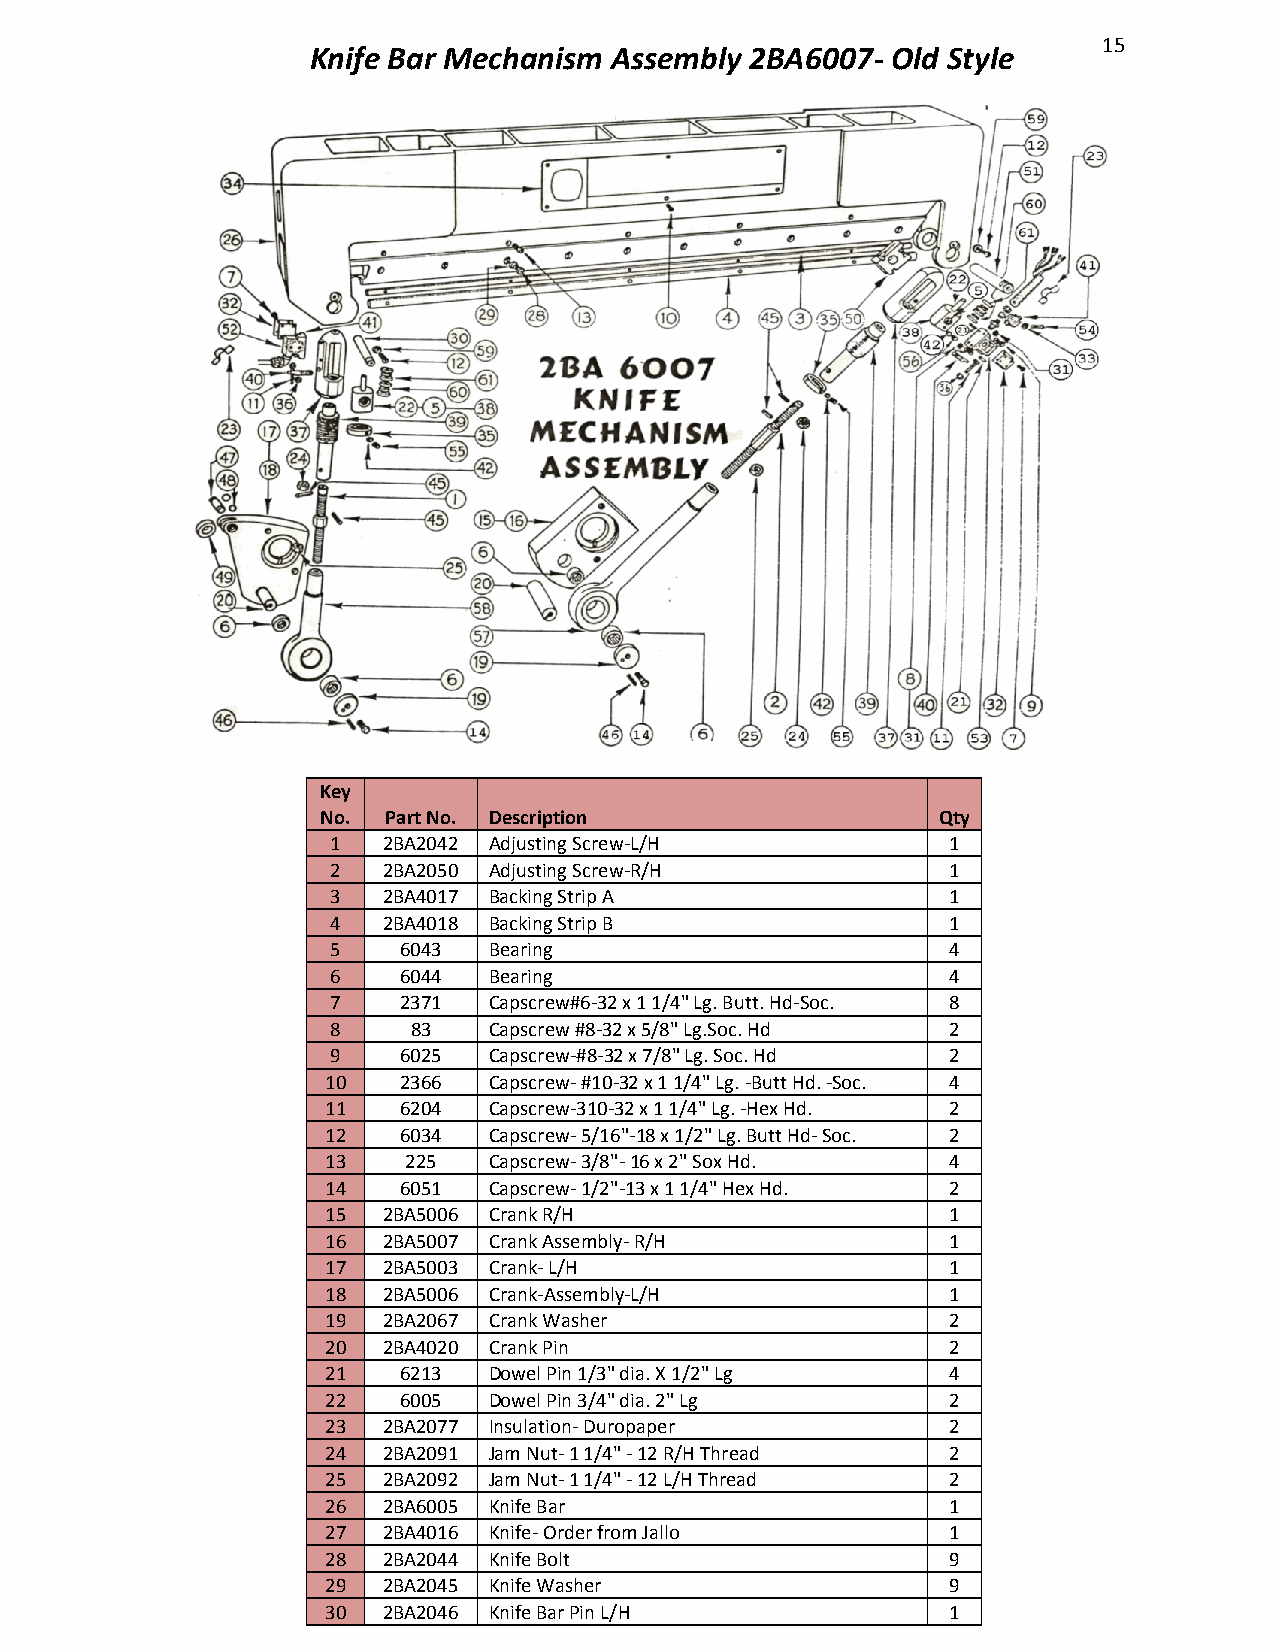
15
 Knife Bar Mechanism Assembly 2BA6007- Old Style
 Key
 No.  Part No. Description                Qty
 1  2BA2042 Adjusting Screw-L/H           1
 2  2BA2050 Adjusting Screw-R/H           1
 3  2BA4017 Backing Strip A               1
 4  2BA4018 Backing Strip B               1
 5   6043  Bearing                        4
 6   6044  Bearing                        4
 7   2371  Capscrew#6-32 x 1 1/4" Lg. Butt. Hd-Soc. 8
 8    83   Capscrew #8-32 x 5/8" Lg.Soc. Hd 2
 9   6025  Capscrew-#8-32 x 7/8" Lg. Soc. Hd 2
 10  2366  Capscrew- #10-32 x 1 1/4" Lg. -Butt Hd. -Soc. 4
 11  6204  Capscrew-310-32 x 1 1/4" Lg. -Hex Hd. 2
 12  6034  Capscrew- 5/16"-18 x 1/2" Lg. Butt Hd- Soc. 2
 13   225  Capscrew- 3/8"- 16 x 2" Sox Hd. 4
 14  6051  Capscrew- 1/2"-13 x 1 1/4" Hex Hd. 2
 15 2BA5006 Crank R/H                     1
 16 2BA5007 Crank Assembly- R/H           1
 17 2BA5003 Crank- L/H                    1
 18 2BA5006 Crank-Assembly-L/H            1
 19 2BA2067 Crank Washer                  2
 20 2BA4020 Crank Pin                     2
 21  6213  Dowel Pin 1/3" dia. X 1/2" Lg  4
 22  6005  Dowel Pin 3/4" dia. 2" Lg      2
 23 2BA2077 Insulation- Duropaper         2
 24 2BA2091 Jam Nut- 1 1/4" - 12 R/H Thread 2
 25 2BA2092 Jam Nut- 1 1/4" - 12 L/H Thread 2
 26 2BA6005 Knife Bar                     1
 27 2BA4016 Knife- Order from Jallo       1
 28 2BA2044 Knife Bolt                    9
 29 2BA2045 Knife Washer                  9
 30 2BA2046 Knife Bar Pin L/H             1